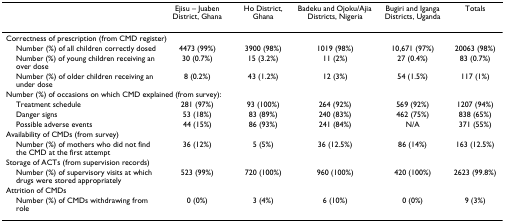
<table><thead><tr><td></td><td><b>Ejisu – Juaben District, Ghana</b></td><td><b>Ho District, Ghana</b></td><td><b>Badeku and Ojoku/Ajia Districts, Nigeria</b></td><td><b>Bugiri and Iganga Districts, Uganda</b></td><td><b>Totals</b></td></tr></thead><tbody><tr><td colspan="6">Correctness of prescription (from CMD register)</td></tr><tr><td> Number (%) of all children correctly dosed</td><td>4473 (99%)</td><td>3900 (98%)</td><td>1019 (98%)</td><td>10,671 (97%)</td><td>20063 (98%)</td></tr><tr><td> Number (%) of young children receiving an over dose</td><td>30 (0.7%)</td><td>15 (3.2%)</td><td>11 (2%)</td><td>27 (0.4%)</td><td>83 (0.7%)</td></tr><tr><td> Number (%) of older children receiving an under dose</td><td>8 (0.2%)</td><td>43 (1.2%)</td><td>12 (3%)</td><td>54 (1.5%)</td><td>117 (1%)</td></tr><tr><td colspan="6">Number (%) of occasions on which CMD explained (from survey):</td></tr><tr><td> Treatment schedule</td><td>281 (97%)</td><td>93 (100%)</td><td>264 (92%)</td><td>569 (92%)</td><td>1207 (94%)</td></tr><tr><td> Danger signs</td><td>53 (18%)</td><td>83 (89%)</td><td>240 (83%)</td><td>462 (75%)</td><td>838 (65%)</td></tr><tr><td> Possible adverse events</td><td>44 (15%)</td><td>86 (93%)</td><td>241 (84%)</td><td>N/A</td><td>371 (55%)</td></tr><tr><td colspan="6">Availability of CMDs (from survey)</td></tr><tr><td> Number (%) of mothers who did not find the CMD at the first attempt</td><td>36 (12%)</td><td>5 (5%)</td><td>36 (12.5%)</td><td>86 (14%)</td><td>163 (12.5%)</td></tr><tr><td colspan="6">Storage of ACTs (from supervision records)</td></tr><tr><td> Number (%) of supervisory visits at which drugs were stored appropriately</td><td>523 (99%)</td><td>720 (100%)</td><td>960 (100%)</td><td>420 (100%)</td><td>2623 (99.8%)</td></tr><tr><td colspan="6">Attrition of CMDs</td></tr><tr><td> Number (%) of CMDs withdrawing from role</td><td>0 (0%)</td><td>3 (4%)</td><td>6 (10%)</td><td>0 (0%)</td><td>9 (3%)</td></tr></tbody></table>